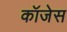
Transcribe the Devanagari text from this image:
कॉजेस